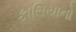
કાસિયાનો